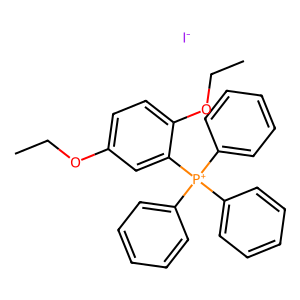
SMILES: CCOc1ccc(OCC)c([P+](c2ccccc2)(c2ccccc2)c2ccccc2)c1.[I-]
Inhibits HIV replication: No